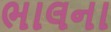
ભાલના